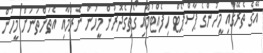
އޭގެ ތެރޭގައި މީހުންގެ ޕާސްޕޯޓް ހިފެއްޓުމާއި ގޯތިގެދޮރުން މީހުން ނެރުމާއި އެތަންތަނަށް މީހުން